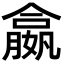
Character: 𡢣